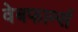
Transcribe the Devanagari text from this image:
वेबफार्म्स